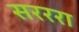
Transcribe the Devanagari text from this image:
सरररा